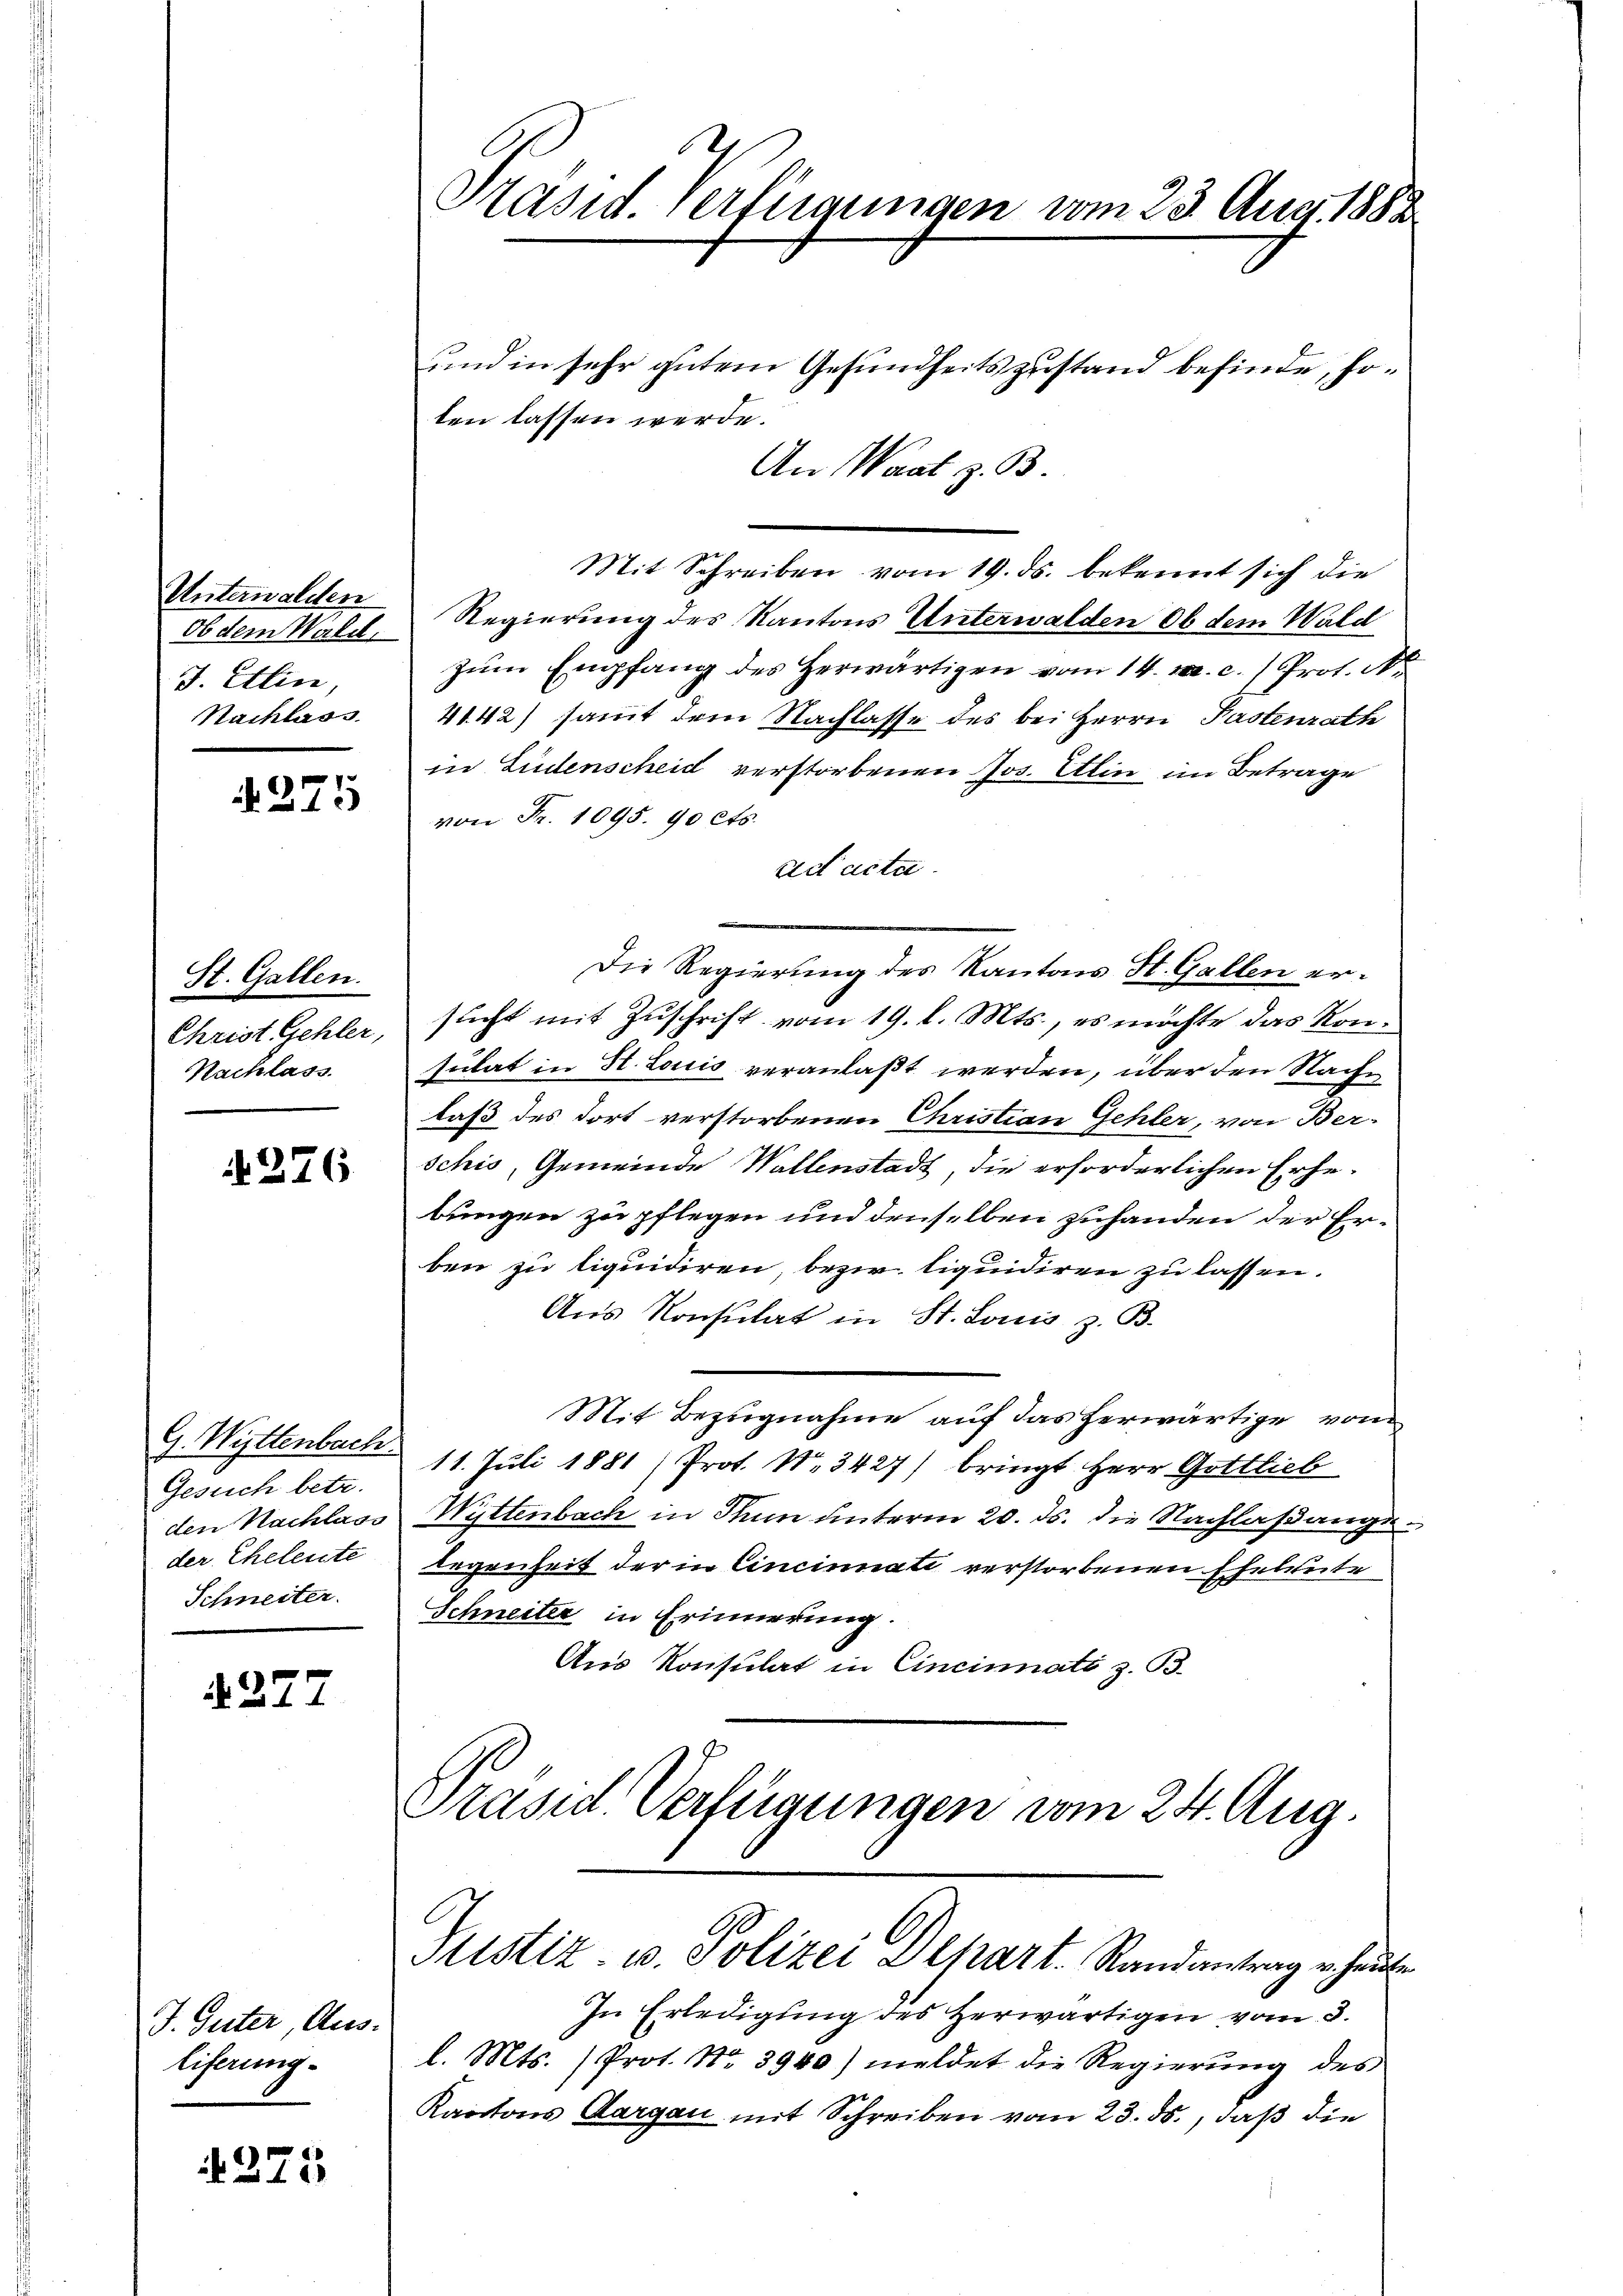
Unterwalden
Ob dem Wald,
J. Etlin,
Nachlass

275

St. Gallen.
Christ Gehler,
Nachlass.

N276

Gesuch betr.
der Eheleute
Schneiter.

277

J. Güter, Aus¬
Eiferung

1275

Präsid. Verfügungen vom 23. Aug. 1882

und in sehr gutem Gesundheitszustand befinde, soten lassen werde.
An Waat z. B.
Mit Schreiben vom 19. ds. bekennt sich die
Regierung des Kantons Unterwalden Ob dem Wald
zŭm Empfang des Herwärtigen vom 14. M. c.) Prot. N.
4142) sammt dem Nachlasse des bei Herrn Pastenrath
in Südenscheid verstorbenen Jos. Alin im Betrage
von Fr. 1095. 90 cts.
ad acta.
Die Regierung des Kantons St. Gallen ersucht mit Zuschrift vom 19. d. Mts., es möchte das Konsulat in H. Louis veranlaßt werden, über den Nachlaß des dort verstorbenen Christian Gehler, von Ber-
schis, Gemeinde Wallenstadt, die erforderlichen Erhebungen zu pflegen und denselben zuhanden der Erben zu liquidiren bezw. liquidiren zu lassen.
Aus Konsulat in St. Louis z. B.
Mit Bezugnahme auf das herwärtige von
G. Wittenbach 11. Juli 1881/ Prot. No. 3427/ bringt Herr Gottlieb
den Nachlass Wittenbach in Thun unterm 20. ds. die Nachlaßange
legenheit der in Cincinnate verstorbenen Eheleute
Schneiter in Erinnerung.
An Konsulat in Cincinati z. B.
Präsid. Verfügungen vom 24. Aug.
Justiz- u. Polizei Depart. Randantrag erhaus
In Erledigung des Herwärtigen vom 3.
l. Mts. (Prot. No. 3940) meldet die Regierŭng des
Kantons Aargau mit Schreiben vom 23. ds., daß die